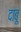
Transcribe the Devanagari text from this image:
दाबू